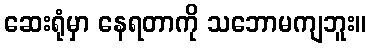
ဆေးရုံမှာ နေရတာကို သဘောမကျဘူး။